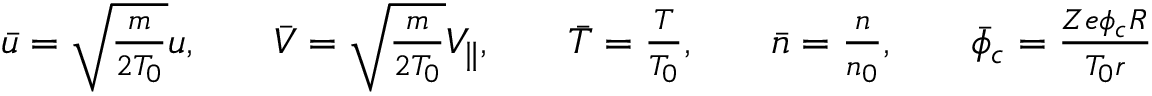
\begin{array} { r l r l r l r l r } { \bar { u } = \sqrt { \frac { m } { 2 T _ { 0 } } } u , } & { } & { \bar { V } = \sqrt { \frac { m } { 2 T _ { 0 } } } V _ { \parallel } , } & { } & { \bar { T } = \frac { T } { T _ { 0 } } , } & { } & { \bar { n } = \frac { n } { n _ { 0 } } , } & { } & { \bar { \phi } _ { c } = \frac { Z e \phi _ { c } R } { T _ { 0 } r } } \end{array}